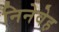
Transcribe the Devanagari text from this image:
निनेवेह